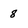
Character: 8